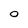
Character: 0